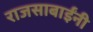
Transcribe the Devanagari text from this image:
राजसाबाईंनी